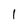
Character: 1